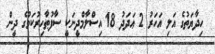
ހިދާޔަތުގެ އަލި އަހަރު 2 ޢަދަދު 18 އިސްލާމްދީނަކީ ސާފުޠާހިރުކަމުގެ ދީން